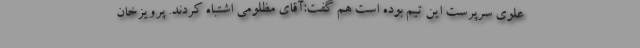
علوی سرپرست این تیم بوده است هم گفت:آقای مظلومی اشتباه کردند. پرویزخان